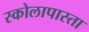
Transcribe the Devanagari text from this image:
स्कोलापास्ता